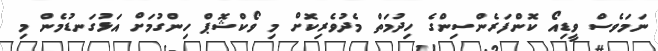
ނަމަވެސް ވީޑިއޯ ކޮންފަރެންސިންގެ ހިދުމަތް މެދުވެރިކޮށް މި ވޯކްޝޮޕް ހިންގުމަށް އަޅުގަނޑުމެން މި